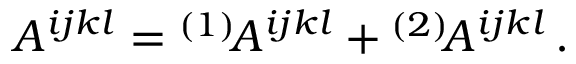
A ^ { i j k l } = { } ^ { ( 1 ) } \! A ^ { i j k l } + { } ^ { ( 2 ) } \! A ^ { i j k l } \, .